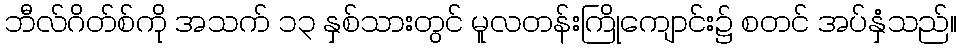
ဘီလ်ဂိတ်စ်ကို အသက် ၁၃ နှစ်သားတွင် မူလတန်းကြိုကျောင်း၌ စတင် အပ်နှံသည်။